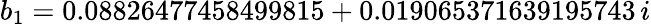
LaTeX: b_{1}=0.08826477458499815+0.019065371639195743\, i